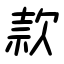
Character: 款